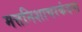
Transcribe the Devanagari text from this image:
मत्तनिशाचरकंदना